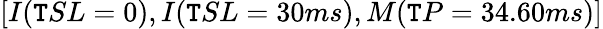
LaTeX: [I(\mathtt{T}SL=0),I(\mathtt{T}SL=30ms),M(\mathtt{T}P=34.60ms)]